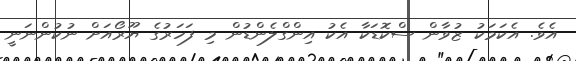
އެވެ. އެކަަމަކު ޒުވާން ސްކޮޑަކާ އެކު އިންގްލެންޑުން މި ފަހަރުގެ ޔޫރޯއަށް ނުކުންނަނީ